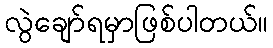
လွဲချော်ရမှာဖြစ်ပါတယ်။